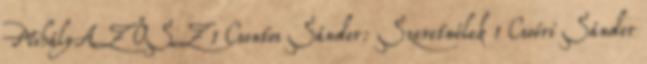
MihályAZ ŐSZ 1 Csontos Sándor: Szeretnélek 1 Csoóri Sándor